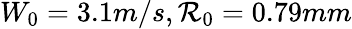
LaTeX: W_{0}=3.1m/s,\mathcal{R}_{0}=0.79mm